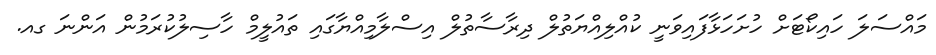
މައްސަލަ ހައިކޯޓަށް ހުށަހަޅާފައިވަނީ ކުއްލިއްޔަތުލް ދިރާސާތުލް އިސްލާމިއްޔާގައި ތައުލީމް ހާސިލުކުރަމުން އަންނަ ގއ.